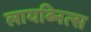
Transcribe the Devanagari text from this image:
लायब्नित्स